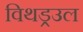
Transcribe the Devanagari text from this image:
विथड्रउल